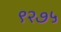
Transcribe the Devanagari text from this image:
९२७५